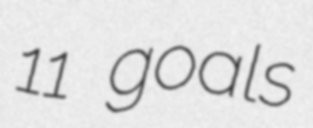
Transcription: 11 goals